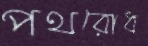
পথরোধ